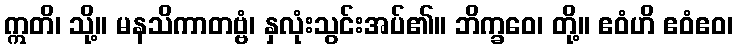
ဣတိ၊ သို့။ မနသိကာတဗ္ဗံ၊ နှလုံးသွင်းအပ်၏။ ဘိက္ခဝေ၊ တို့။ ဧဝံဟိ ဧဝံဧဝ၊